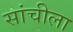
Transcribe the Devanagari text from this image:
सांचीला